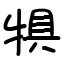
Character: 犋